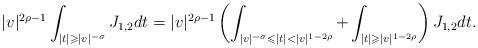
LaTeX: \begin{align*}|v|^{2\rho-1}\int_{|t|\geqslant|v|^{-\sigma}}J_{1,2}dt=|v|^{2\rho-1}\left(\int_{|v|^{-\sigma}\leqslant|t|<|v|^{1-2\rho}}+\int_{|t|\geqslant|v|^{1-2\rho}}\right)J_{1,2}dt.\end{align*}